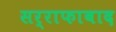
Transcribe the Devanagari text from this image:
सर्राफाबाद